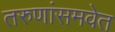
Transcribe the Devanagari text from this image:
तरुणांसमवेत